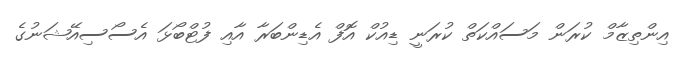
އިންތިޒާމް ކުރަން މަސައްކަތް ކުރަނީ ޑިއުކް އޮފް އެޑިންބަރާ އާއި ފުޓްބޯޅަ އެސޯސިއޭޝަނުގެ